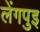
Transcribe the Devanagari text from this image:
लेंगपुइ